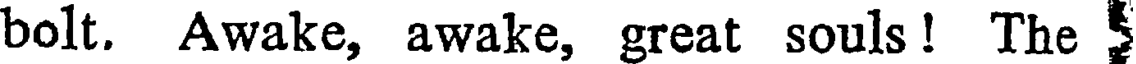
bolt. Awake, awake, great souls! The